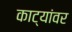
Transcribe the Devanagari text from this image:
काट्यांवर